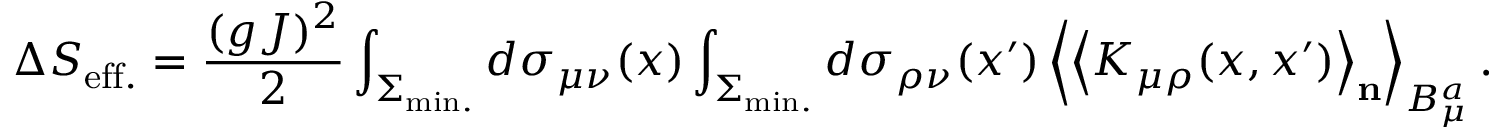
\Delta S _ { \mathrm { e f f . } } = \frac { ( g J ) ^ { 2 } } { 2 } \int _ { \Sigma _ { \mathrm { m i n . } } } ^ { } d \sigma _ { \mu \nu } ( x ) \int _ { \Sigma _ { \mathrm { m i n . } } } ^ { } d \sigma _ { \rho \nu } ( x ^ { \prime } ) \left< \left< K _ { \mu \rho } ( x , x ^ { \prime } ) \right> _ { \bf n } \right> _ { B _ { \mu } ^ { a } } .